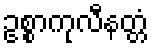
ဥစ္စာကုလီနတ္တံ